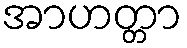
အာဟတ္တာ